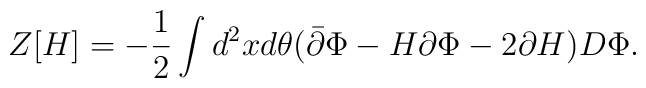
Z[H]=-\frac{1}{2}\int d^2xd\theta(\bar\partial\Phi-H\partial\Phi-2\partial H)D\Phi.